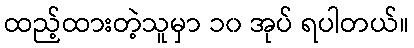
ထည့်ထားတဲ့သူမှာ ၁၀ အုပ် ရပါတယ်။